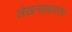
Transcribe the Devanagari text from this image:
लेखनप्रकारांचा